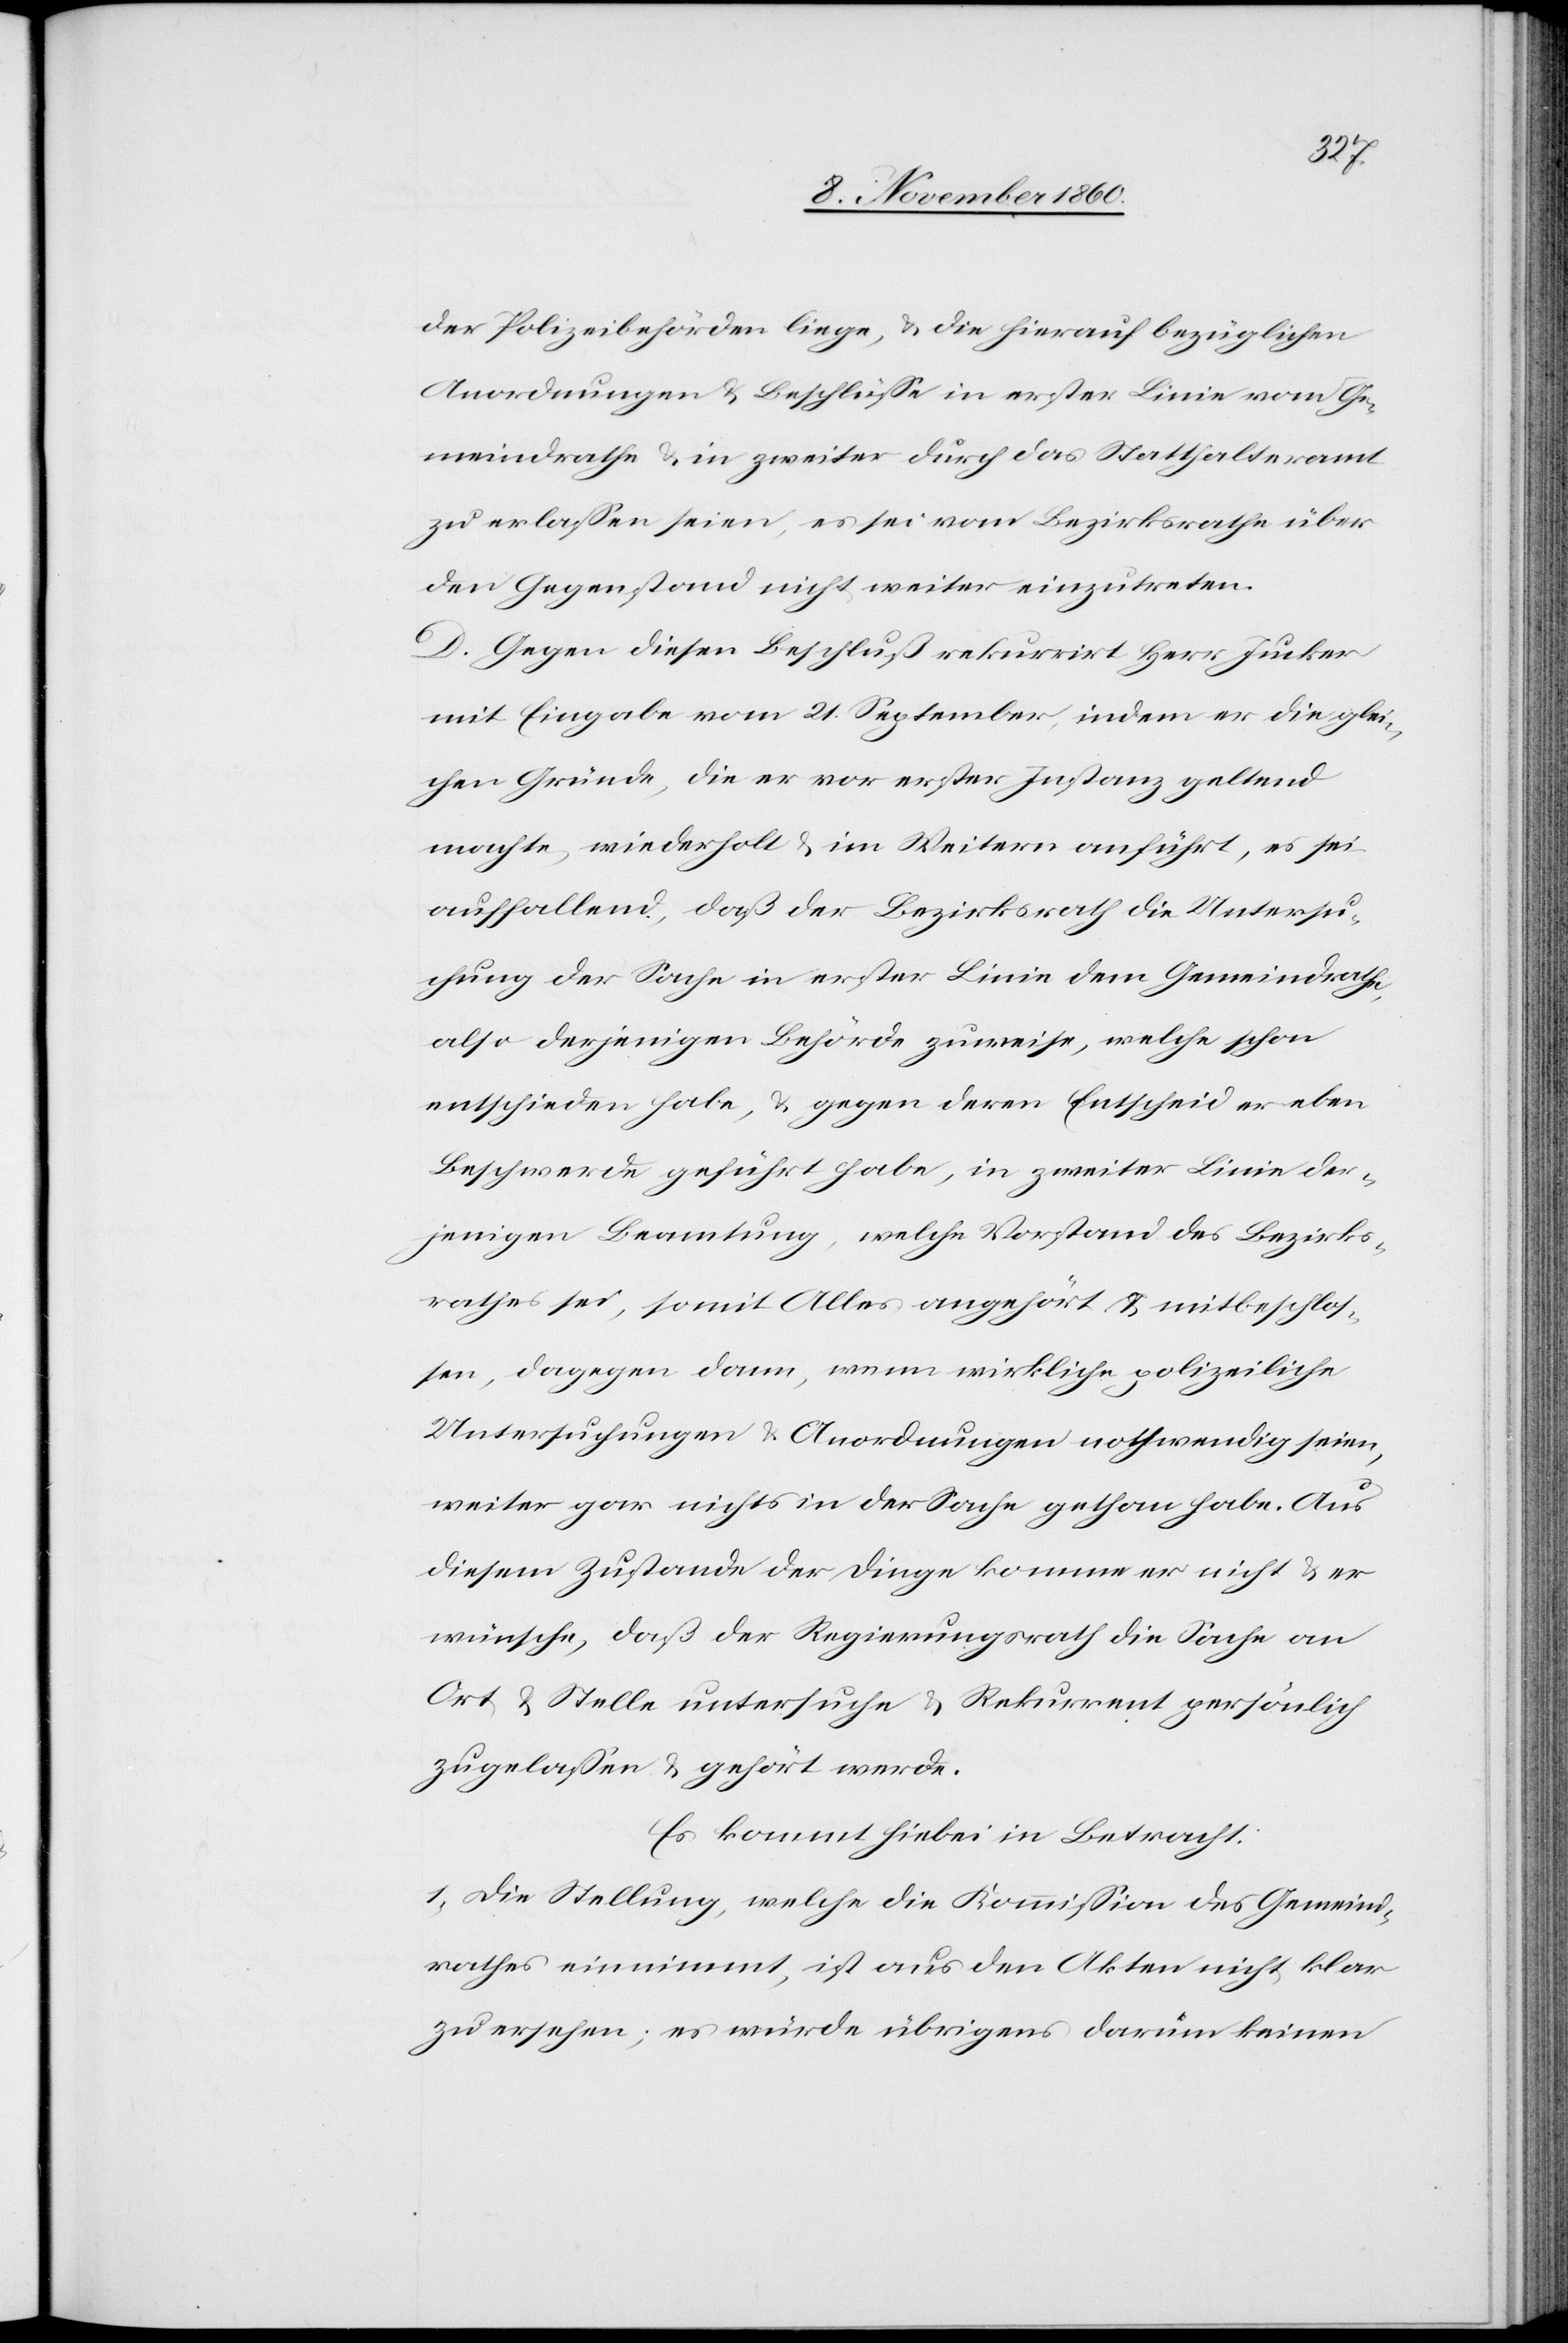
der Polizeibehörden liege u. die hierauf bezüglichen
Anordnungen u. Beschlüsse in erster Linie vom Ge¬
meindrathe u. in zweiter durch das Statthalteramt
zu erlassen seien, es sei vom Bezirksrathe über
den Gegenstand nicht weiter einzutreten.
D. Gegen diesen Beschluß rekurrirt Herr Jucker
mit Eingabe vom 21. September, indem er die glei¬
chen Gründe, die er vor erster Instanz geltend
machte, wiederholt u. im Weitern anführt, es sei
auffallend, daß der Bezirksrath die Untersu¬
chung der Sachen in erster Linie dem Gemeindrathe,
also derjenigen Behörde zuweise, welche schon
entschieden habe, u. gegen deren Entscheid er eben
Beschwerde geführt habe, in zweiter Linie der¬
jenigen Beamtung, welche Vorstand des Bezirks¬
rathes sei, somit Alles angehört u. mitbeschlos¬
sen, dagegen dann, wenn wirkliche polizeiliche
Untersuchungen u. Anordnungen nothwendig seien,
weiter gar nichts in der Sache gethan habe. Aus
diesem Zustande der Dinge komme er nicht u. er
wünsche, daß der Regierungsrath die Sache an
Ort u. Stelle untersuche u. Rekurrent persönlich
zugelassen u. gehört werde.
Es kommt hiebei in Betracht:
1. Die Stellung, welche die Kommission des Gemeind¬
rathes einnimmt, ist aus den Akten nicht klar
zu ersehen; es würde übrigens darum keinen